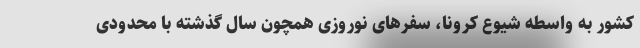
کشور به واسطه شیوع کرونا، سفرهای نوروزی همچون سال گذشته با محدودی